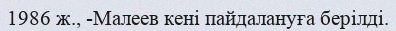
1986 ж., -Малеев кені пайдалануға берілді.